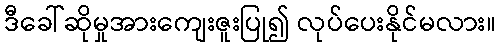
ဒီခေါ်ဆိုမှုအားကျေးဇူးပြု၍ လုပ်ပေးနိုင်မလား။